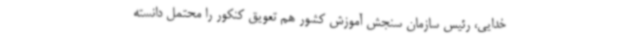
خدایی، رئیس سازمان سنجش آموزش کشور هم تعویق کنکور را محتمل دانسته